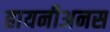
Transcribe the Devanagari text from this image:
हायनीअनस